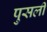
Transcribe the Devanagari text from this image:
पुसली